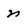
Character: n